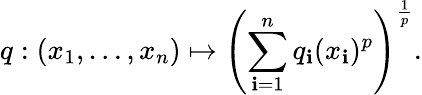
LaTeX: q:(x_{1},\ldots,x_{n})\mapsto\left(\sum_{\mathbf{i}=1}^{n}q_{\mathbf{i}}(x_{\mathbf{i}})^{p}\right)^{\frac{{1}}{{p}}}.